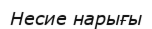
Несие нарығы